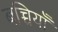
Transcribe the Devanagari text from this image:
बच्चियाँ